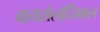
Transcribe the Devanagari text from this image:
वायरोलॉजिकल